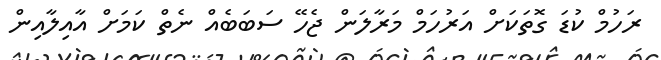
ރަހުމް ކުޑަ ގޮތަކަށް އަރުހަމް މަރާލަން ޖެހޭ ސަބަބެއް ނެތް ކަމަށް އާއިލާއިން